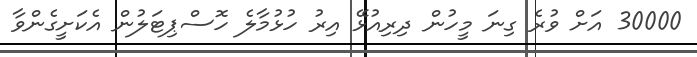
30000 އަށް ވުރެ ގިނަ މީހުން ދިރިއުޅޭ އިރު ހުޅުމާލެ ހޮސްޕިޓަލުން އެކަށީގެންވާ